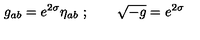
g _ { a b } = e ^ { 2 \sigma } \eta _ { a b } \ ; \qquad \sqrt { - g } = e ^ { 2 \sigma }